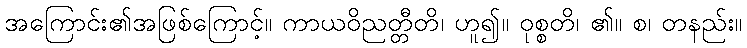
အကြောင်း၏အဖြစ်ကြောင့်။ ကာယဝိညတ္တီတိ၊ ဟူ၍။ ဝုစ္စတိ၊ ၏။ စ၊ တနည်း။